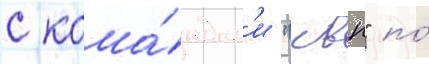
с кома́ндам'и "квн" по́